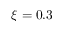
\xi = 0 . 3